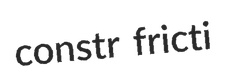
constr fricti